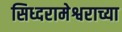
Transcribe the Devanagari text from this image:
सिध्दरामेश्वराच्या